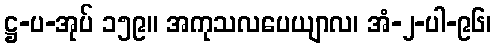
ဋ္ဌ-ပ-အုပ် ၁၅၉။ အကုသလပေယျာလ၊ အံ-၂-ပါ-၉၆၊